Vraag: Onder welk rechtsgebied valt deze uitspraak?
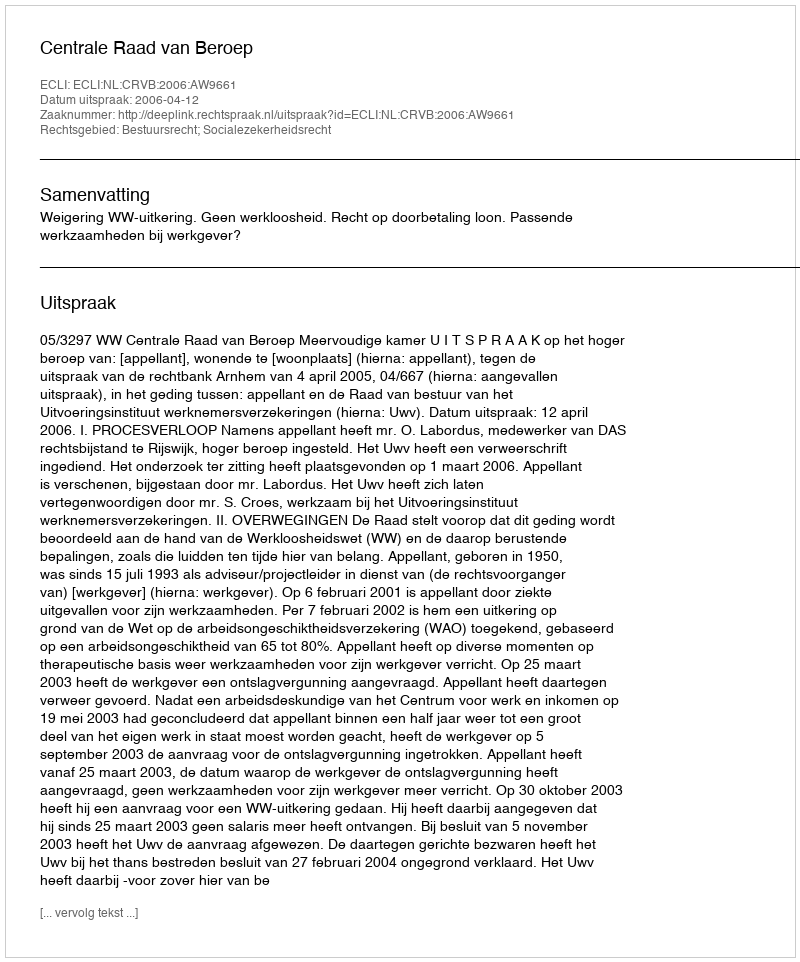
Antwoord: Bestuursrecht; Socialezekerheidsrecht